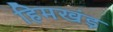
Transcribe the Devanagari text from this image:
हिमखंड़